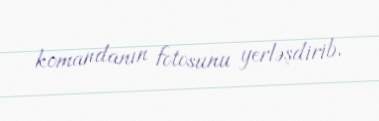
komandanın fotosunu yerləşdirib.